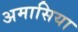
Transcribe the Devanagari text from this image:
अमासिया